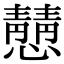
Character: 𪬿